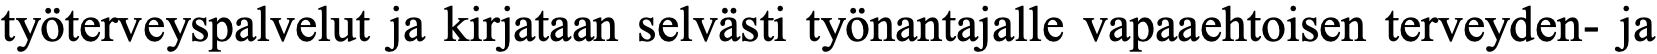
työterveyspalvelut ja kirjataan selvästi työnantajalle vapaaehtoisen terveyden- ja